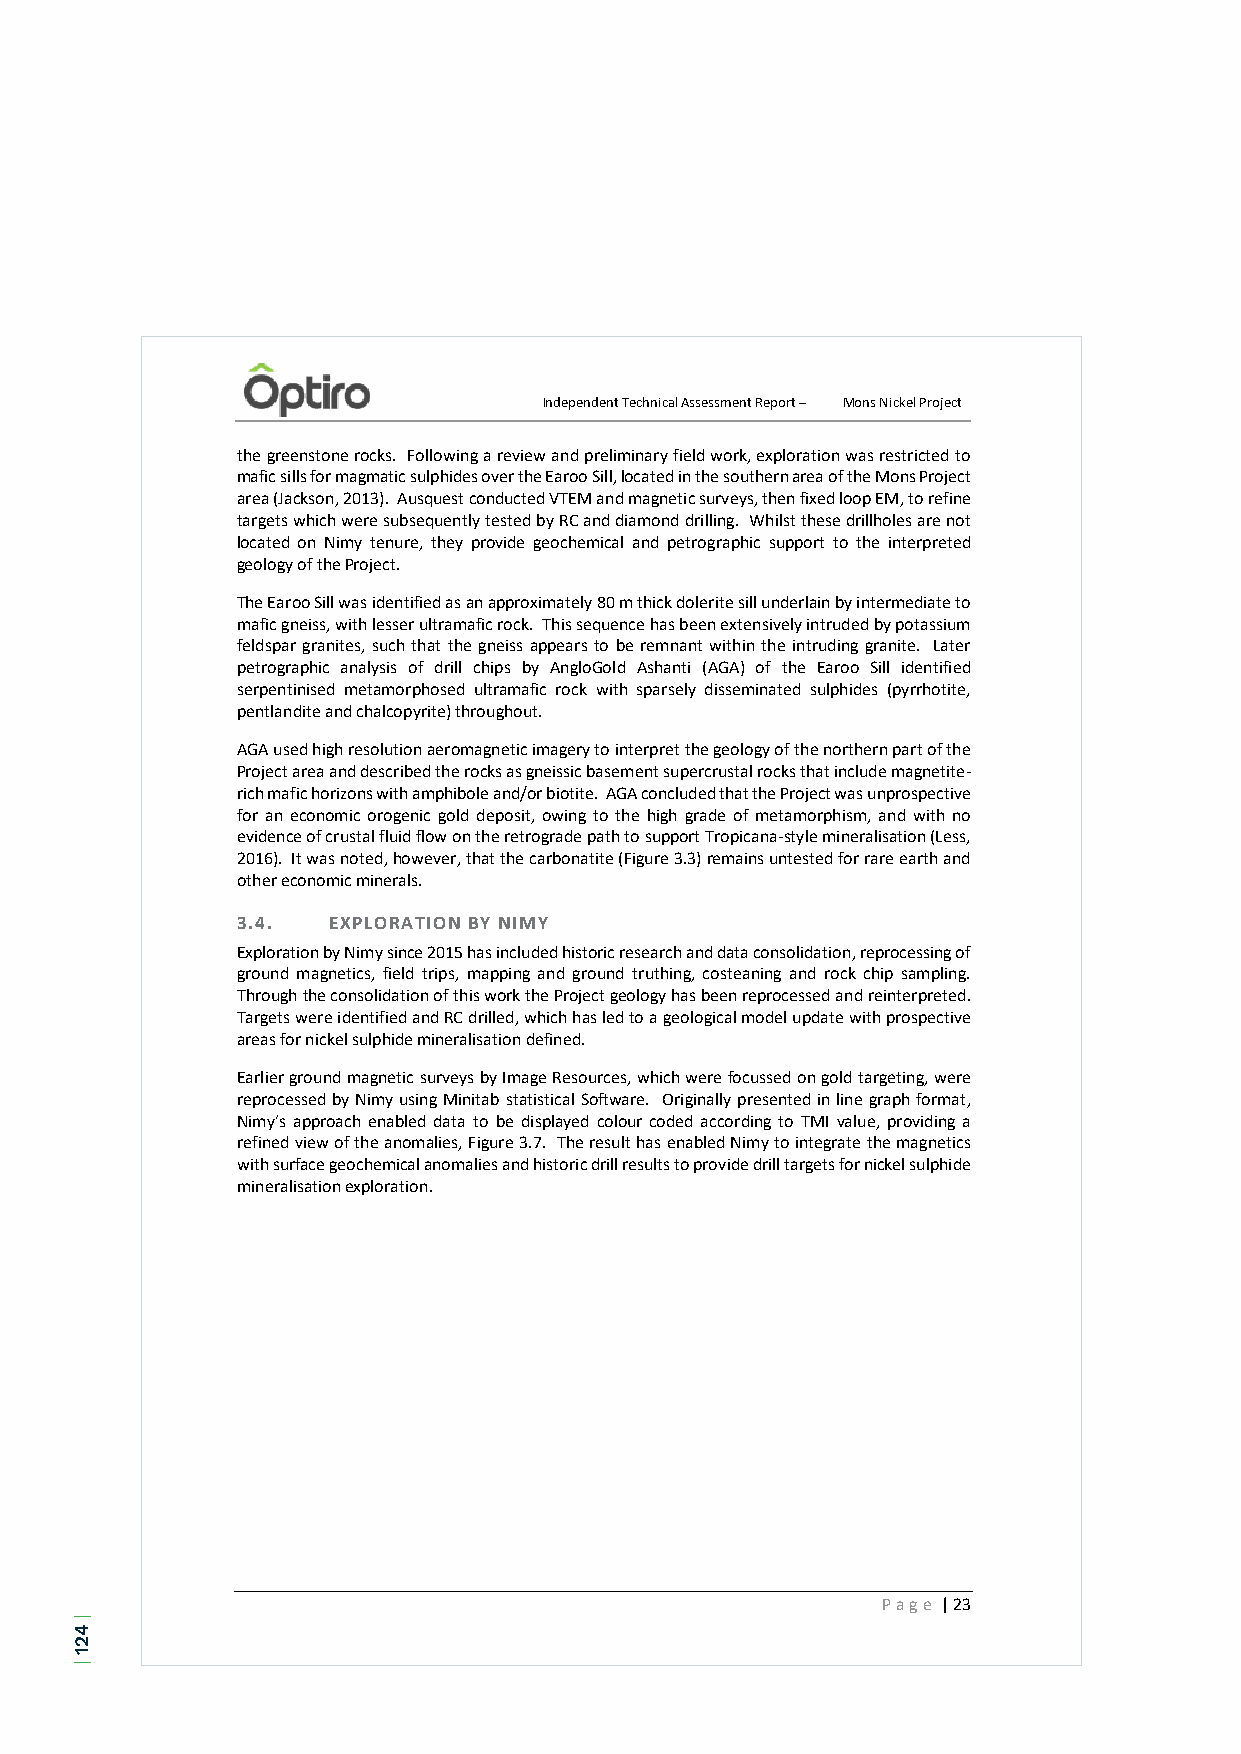
Independent Technical Assessment Report – Mons Nickel Project
 the greenstone rocks. Following a review and preliminary field work, exploration was restricted to
 mafic sills for magmatic sulphides over the Earoo Sill, located in the southern area of the Mons Project
 area (Jackson, 2013). Ausquest conducted VTEM and magnetic surveys, then fixed loop EM, to refine
 targets which were subsequently tested by RC and diamond drilling. Whilst these drillholes are not
 located on Nimy tenure, they provide geochemical and petrographic support to the interpreted
 geology of the Project.
 The Earoo Sill was identified as an approximately 80 m thick dolerite sill underlain by intermediate to
 mafic gneiss, with lesser ultramafic rock. This sequence has been extensively intruded by potassium
 feldspar granites, such that the gneiss appears to be remnant within the intruding granite. Later
 petrographic analysis of drill chips by AngloGold Ashanti (AGA) of the Earoo Sill identified
 serpentinised metamorphosed ultramafic rock with sparsely disseminated sulphides (pyrrhotite,
 pentlandite and chalcopyrite) throughout.
 AGA used high resolution aeromagnetic imagery to interpret the geology of the northern part of the
 Project area and described the rocks as gneissic basement supercrustal rocks that include magnetite-
 rich mafic horizons with amphibole and/or biotite. AGA concluded that the Project was unprospective
 for an economic orogenic gold deposit, owing to the high grade of metamorphism, and with no
 evidence of crustal fluid flow on the retrograde path to support Tropicana-style mineralisation (Less,
 2016). It was noted, however, that the carbonatite (Figure 3.3) remains untested for rare earth and
 other economic minerals.
 3.4.  EXPLORATION BY NIMY
 Exploration by Nimy since 2015 has included historic research and data consolidation, reprocessing of
 ground magnetics, field trips, mapping and ground truthing, costeaning and rock chip sampling.
 Through the consolidation of this work the Project geology has been reprocessed and reinterpreted.
 Targets were identified and RC drilled, which has led to a geological model update with prospective
 areas for nickel sulphide mineralisation defined.
 Earlier ground magnetic surveys by Image Resources, which were focussed on gold targeting, were
 reprocessed by Nimy using Minitab statistical Software. Originally presented in line graph format,
 Nimy’s approach enabled data to be displayed colour coded according to TMI value, providing a
 refined view of the anomalies, Figure 3.7. The result has enabled Nimy to integrate the magnetics
 with surface geochemical anomalies and historic drill results to provide drill targets for nickel sulphide
 mineralisation exploration.
 Page | 23
 |
 421
 |